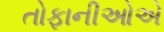
તોફાનીઓએ